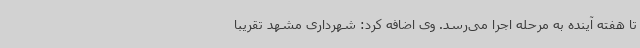
تا هفته آینده به مرحله اجرا می‌رسد. وی اضافه کرد: شهرداری مشهد تقریبا